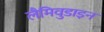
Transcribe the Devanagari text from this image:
लैमिवुडाइन